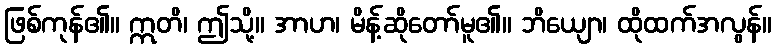
ဖြစ်ကုန်၏။ ဣတိ၊ ဤသို့။ အာဟ၊ မိန့်ဆိုတော်မူ၏။ ဘိယျော၊ ထိုထက်အလွန်။